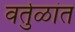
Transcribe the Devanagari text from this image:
वर्तुळांत